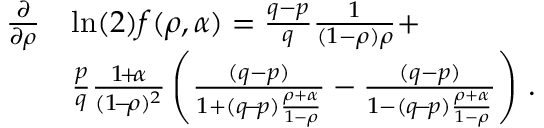
\begin{array} { r l } { \frac { \partial } { \partial \rho } } & { \ln ( 2 ) f ( \rho , \alpha ) = \frac { q - p } { q } \frac { 1 } { ( 1 - \rho ) \rho } + } \\ & { \frac { p } { q } \frac { 1 \! + \! \alpha } { ( 1 \! - \! \rho ) ^ { 2 } } \left( \frac { ( q - p ) } { 1 + ( q \! - \! p ) \frac { \rho + \alpha } { 1 - \rho } } - \frac { ( q - p ) } { 1 - ( q \! - \! p ) \frac { \rho + \alpha } { 1 - \rho } } \right) \, . } \end{array}